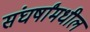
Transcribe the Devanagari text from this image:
संघर्षांमधील